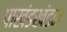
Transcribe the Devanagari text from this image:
पाखंडखंडन